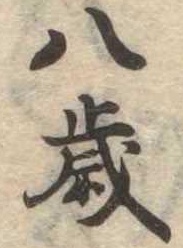
八歳